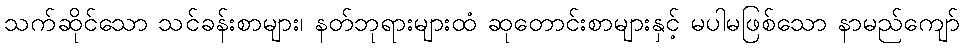
သက်ဆိုင်သော သင်ခန်းစာများ၊ နတ်ဘုရားများထံ ဆုတောင်းစာများနှင့် မပါမဖြစ်သော နာမည်ကျော်